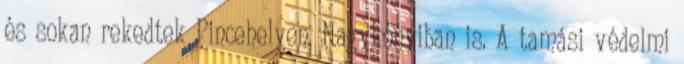
és sokan rekedtek Pincehelyen, Nagykónyiban is. A tamási védelmi